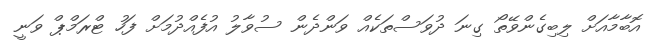
އޮބާމާއަށް ލިބިގެންވޭތޯ ގިނަ ދުވަސްތަކެއް ވަންދެން ސުވާލު އުފެއްދުމަށް ފަހު ޓްރަމްޕް ވަނީ